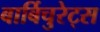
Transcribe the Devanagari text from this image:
बार्बिचुरेट्स